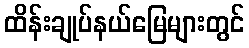
ထိန်းချုပ်နယ်မြေများတွင်